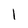
Character: 1